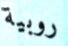
روبية